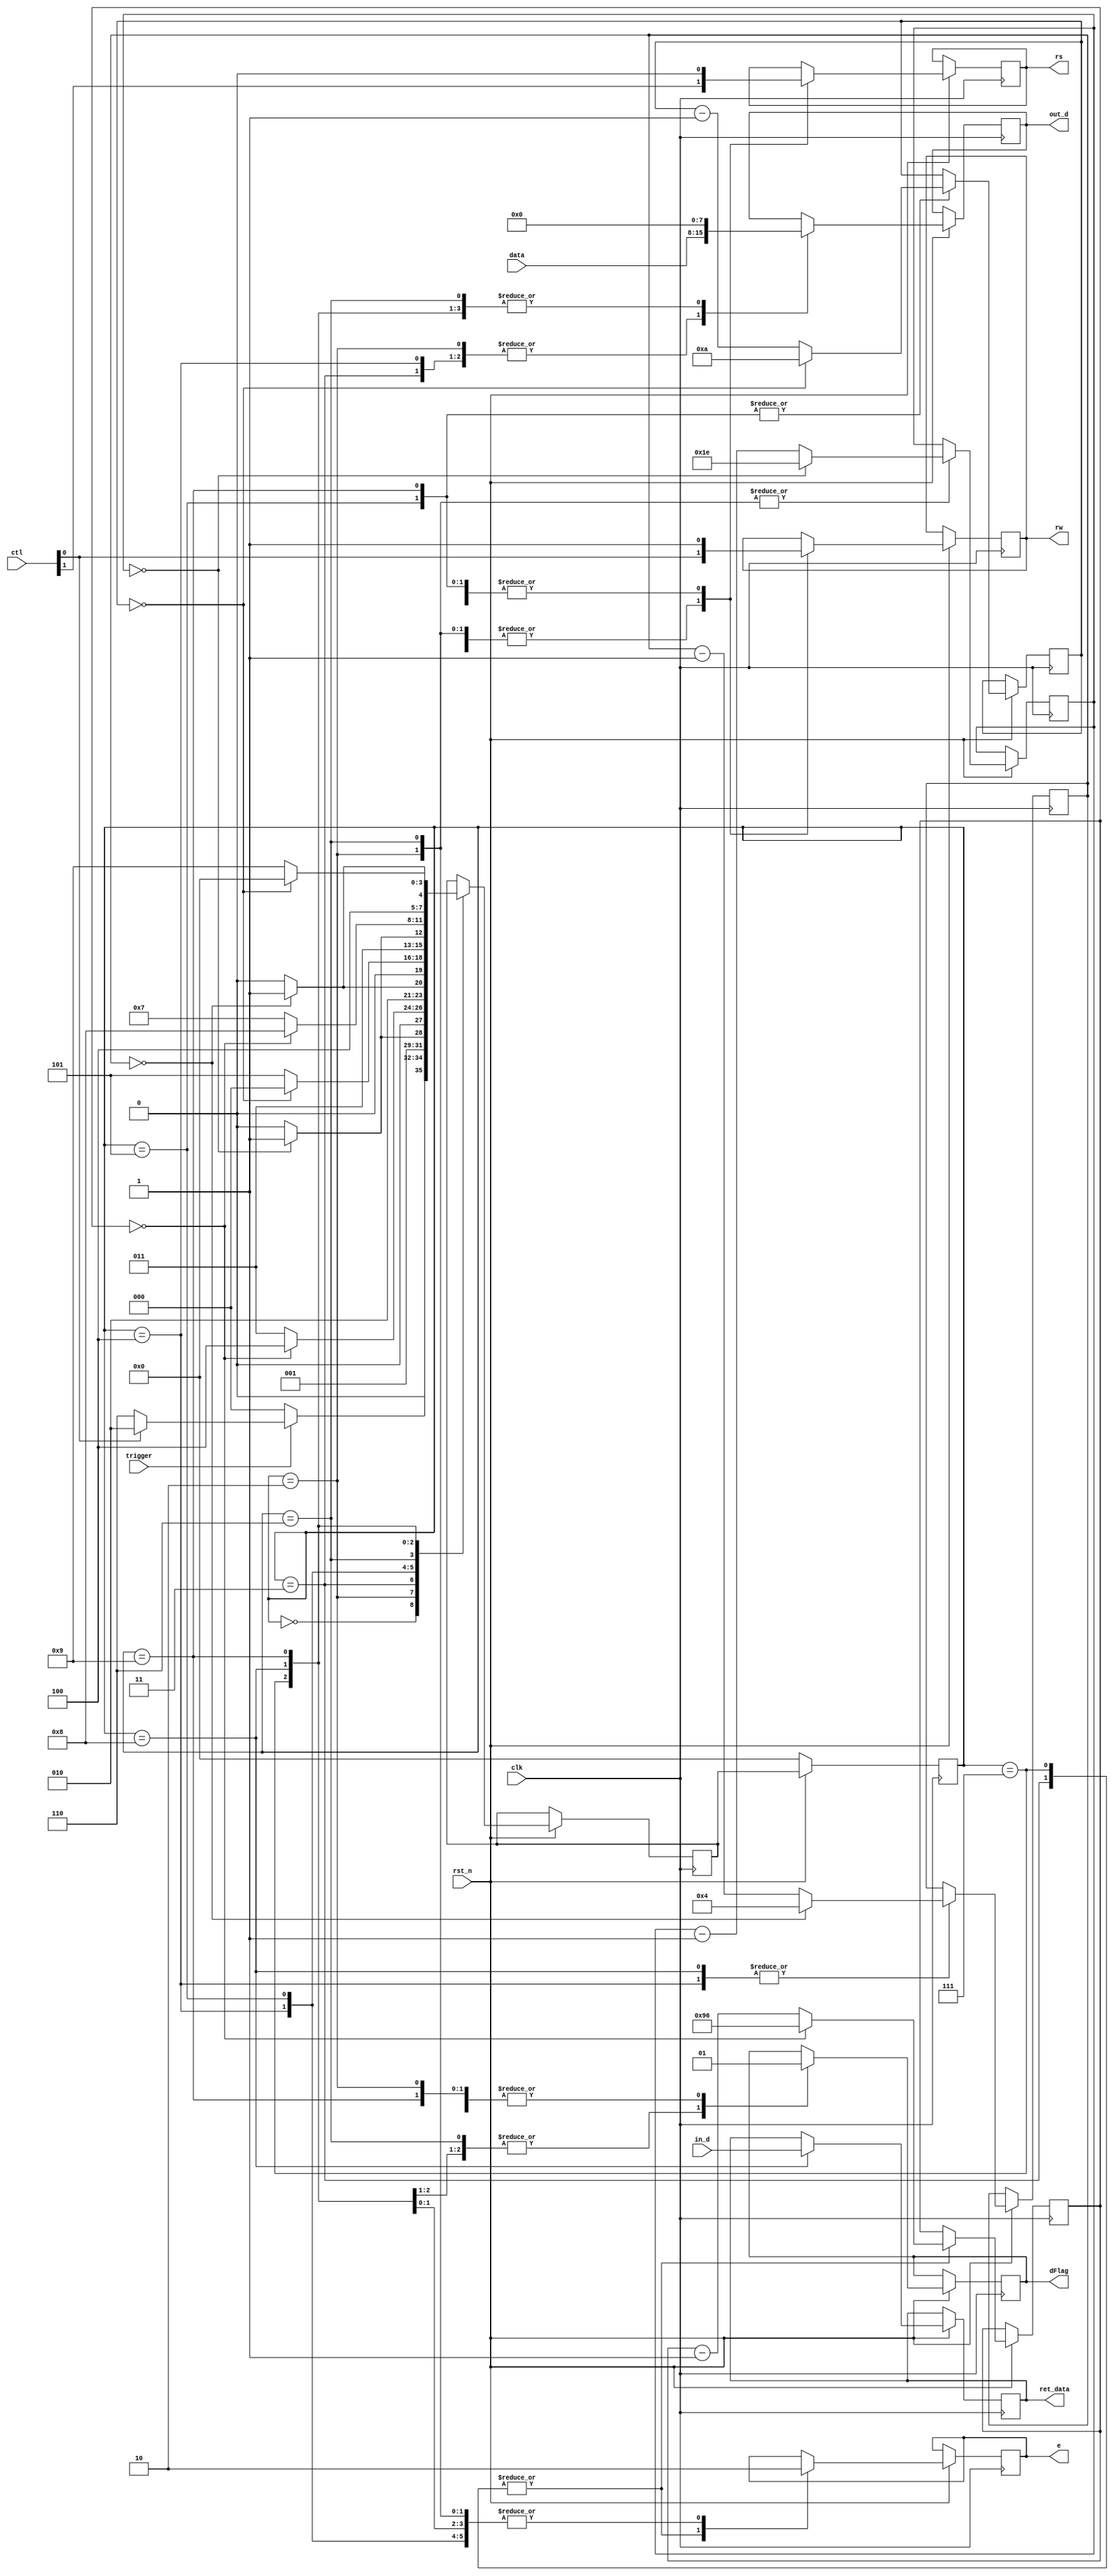
module LcdController(rst_n, clk, trigger, ctl, dFlag, in_d, out_d, rs, rw, e, data, ret_data);
input rst_n, clk, trigger;
input [7:0] ctl, data;
output reg rs, rw, e;
output reg [7:0] ret_data;
output reg dFlag;
input [7:0] in_d;
output reg [7:0] out_d;
reg [4:0] tsp1;
parameter minTsp1 = 30;
reg [7:0] tpw;
parameter minTpw = 150;
reg [3:0] thd;
parameter minThd = 20;
reg [3:0] trest;
parameter minTrest = 250;
parameter sIdle = 4'b0000;
parameter sWriteSetup = 4'b0010;
parameter sWriteEnable = 4'b0011;
parameter sWriteDisable = 4'b0100;
parameter sWriteRelease = 4'b0101;
parameter sReadSetup = 4'b0110;
parameter sReadEnable = 4'b0111;
parameter sReadDisable = 4'b1000;
parameter sReadRelease = 4'b1001;
reg [3:0] nextState;
reg [3:0] prevState;
always @(posedge clk)
begin
	if (rst_n)
	begin
		case (prevState)
			sIdle:
			begin
				rs <= 1'b0; 
				rw <= 1'b1; 
				e <= 1'b0; 
				dFlag <= 1'b1; 
				out_d <= 8'b0000_0000;
			end
			sWriteSetup:
			begin
				rs <= ctl[1];
				rw <= ctl[0]; 
				e <= 1'b0;
				dFlag <= 1'b1; 
				out_d <= data; 
			end
			sWriteEnable:
			begin
				rs <= ctl[1];
				rw <= ctl[0]; 
				e <= 1'b1; 
				dFlag <= 1'b1; 
				out_d <= data; 
			end
			sWriteDisable:
			begin
				rs <= ctl[1];
				rw <= ctl[0]; 
				e <= 1'b0; 
				dFlag <= 1'b1; 
				out_d <= data; 
			end
			sWriteRelease:
			begin
				rs <= 1'b0; 
				rw <= 1'b1; 
				e <= 1'b0;
				dFlag <= 1'b1; 
				out_d <= 8'b0000_0000;
			end
			sReadSetup:
			begin
				rs <= ctl[1];
				rw <= ctl[0]; 
				e <= 1'b0;
				dFlag <= 1'b0; 
				out_d <= 8'b0000_0000;
			end
			sReadEnable:
			begin
				rs <= ctl[1];
				rw <= ctl[0]; 
				e <= 1'b1;
				dFlag <= 1'b0; 
				out_d <= 8'b0000_0000;
			end
			sReadDisable:
			begin
				rs <= ctl[1];
				rw <= ctl[0]; 
				e <= 1'b0;
				ret_data <= in_d; 
				dFlag <= 1'b0; 
				out_d <= 8'b0000_0000;
			end
			sReadRelease:
			begin
				rs <= 1'b0; 
				rw <= 1'b1; 
				e <= 1'b0;
				dFlag <= 1'b1; 
				out_d <= 8'b0000_0000;
			end
		endcase
	end
end
always @(posedge clk)
if (rst_n)
begin
	case (prevState)
	sIdle:
	begin
		if (trigger)
			if (ctl[0])
				nextState <= sWriteSetup;
			else
				nextState <= sReadSetup;
		else
			nextState <= sIdle;
	end
	sWriteSetup:
	begin
		if (tsp1 == 5'b0)
		begin
			tsp1 <= minTsp1;
			nextState <= sWriteEnable;
		end
		else
		begin
			tsp1 <= tsp1 - 5'b1;
			nextState <= sWriteSetup;
		end
	end
	sWriteEnable:
	begin
		if (tpw == 8'b0)
		begin
			tpw <= minTpw;
			nextState <= sWriteDisable;
		end
		else
		begin
			tpw <= tpw - 8'b1;
			nextState <= sWriteEnable;
		end
	end
	sWriteDisable:
	begin
		if (thd == 4'b0)
		begin
			thd <= minThd;
			nextState <= sWriteRelease;
		end
		else
		begin
			thd <= thd - 4'b1;
			nextState <= sWriteDisable;
		end
	end
	sWriteRelease:
	begin
	if (trest == 4'b0)
		begin
			trest <= minTrest;
			nextState <= sIdle;
		end
		else
		begin
			trest <= trest - 4'b1;
			nextState <= sWriteRelease;
		end
	end
	sReadSetup:
	begin
		if (tsp1 == 5'b0)
		begin
			tsp1 <= minTsp1;
			nextState <= sReadEnable;
		end
		else
		begin
			tsp1 <= tsp1 - 5'b1;
			nextState <= sReadSetup;
		end
	end
	sReadEnable:
	begin
		if (tpw == 8'b0)
		begin
			tpw <= minTpw;
			nextState <= sReadDisable;
		end
		else
		begin
			tpw <= tpw - 8'b1;
			nextState <= sReadEnable;
		end
	end
	sReadDisable:
	begin
		if (thd == 4'b0)
		begin
			thd <= minThd;
			nextState <= sReadRelease;
		end
		else
		begin
			thd <= thd - 4'b1;
			nextState <= sReadDisable;
		end
	end
	sReadRelease:
	begin
	if (trest == 4'b0)
		begin
			trest <= minTrest;
			nextState <= sIdle;
		end
		else
		begin
			trest <= trest - 4'b1;
			nextState <= sReadRelease;
		end
	end
	endcase
end
always @(posedge clk)
begin
	if (~rst_n)
		prevState <= sIdle;
	else
		prevState <= nextState;
end
endmodule